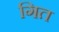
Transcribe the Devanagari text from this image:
गित